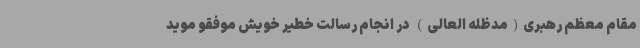
مقام معظم رهبری(مدظله العالی) در انجام رسالت خطیر خویش موفقو موید